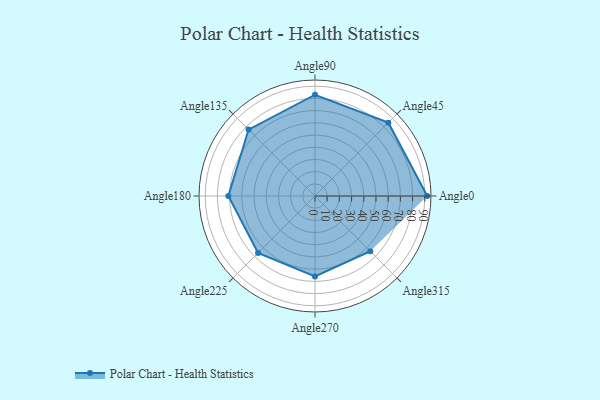
{"axis": {"x": "Angle", "y": "Radius"}, "legend": [""], "data": [{"x": "Angle0", "y": 92.0, "type": ""}, {"x": "Angle45", "y": 85.0, "type": ""}, {"x": "Angle90", "y": 83.0, "type": ""}, {"x": "Angle135", "y": 77.0, "type": ""}, {"x": "Angle180", "y": 71.0, "type": ""}, {"x": "Angle225", "y": 66.0, "type": ""}, {"x": "Angle270", "y": 66.0, "type": ""}, {"x": "Angle315", "y": 64.0, "type": ""}]}